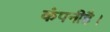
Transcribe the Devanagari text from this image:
कंपनीहै।